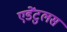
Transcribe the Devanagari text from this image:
एडेंटुलस